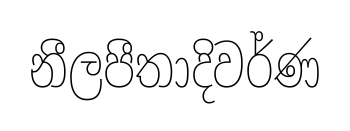
නීලපීතාදිවර්ණ